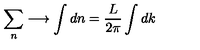
\sum _ { n } \longrightarrow \int d n = \frac { L } { 2 \pi } \int d k